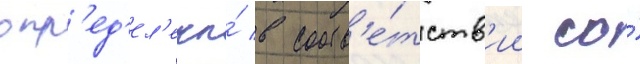
опр'ед'ел'ены́ в соотв'е́тств'ии со́